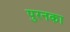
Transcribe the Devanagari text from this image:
पुरनका